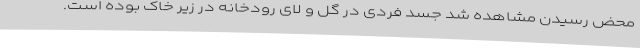
محض رسیدن مشاهده شد جسد فردی در گل و لای رودخانه در زیر خاک بوده است.